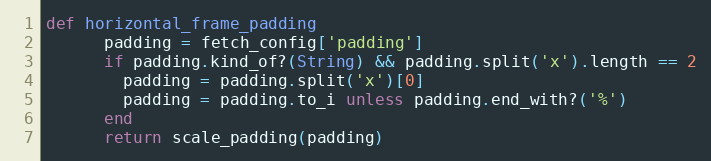
Language: Ruby
def horizontal_frame_padding
      padding = fetch_config['padding']
      if padding.kind_of?(String) && padding.split('x').length == 2
        padding = padding.split('x')[0]
        padding = padding.to_i unless padding.end_with?('%')
      end
      return scale_padding(padding)